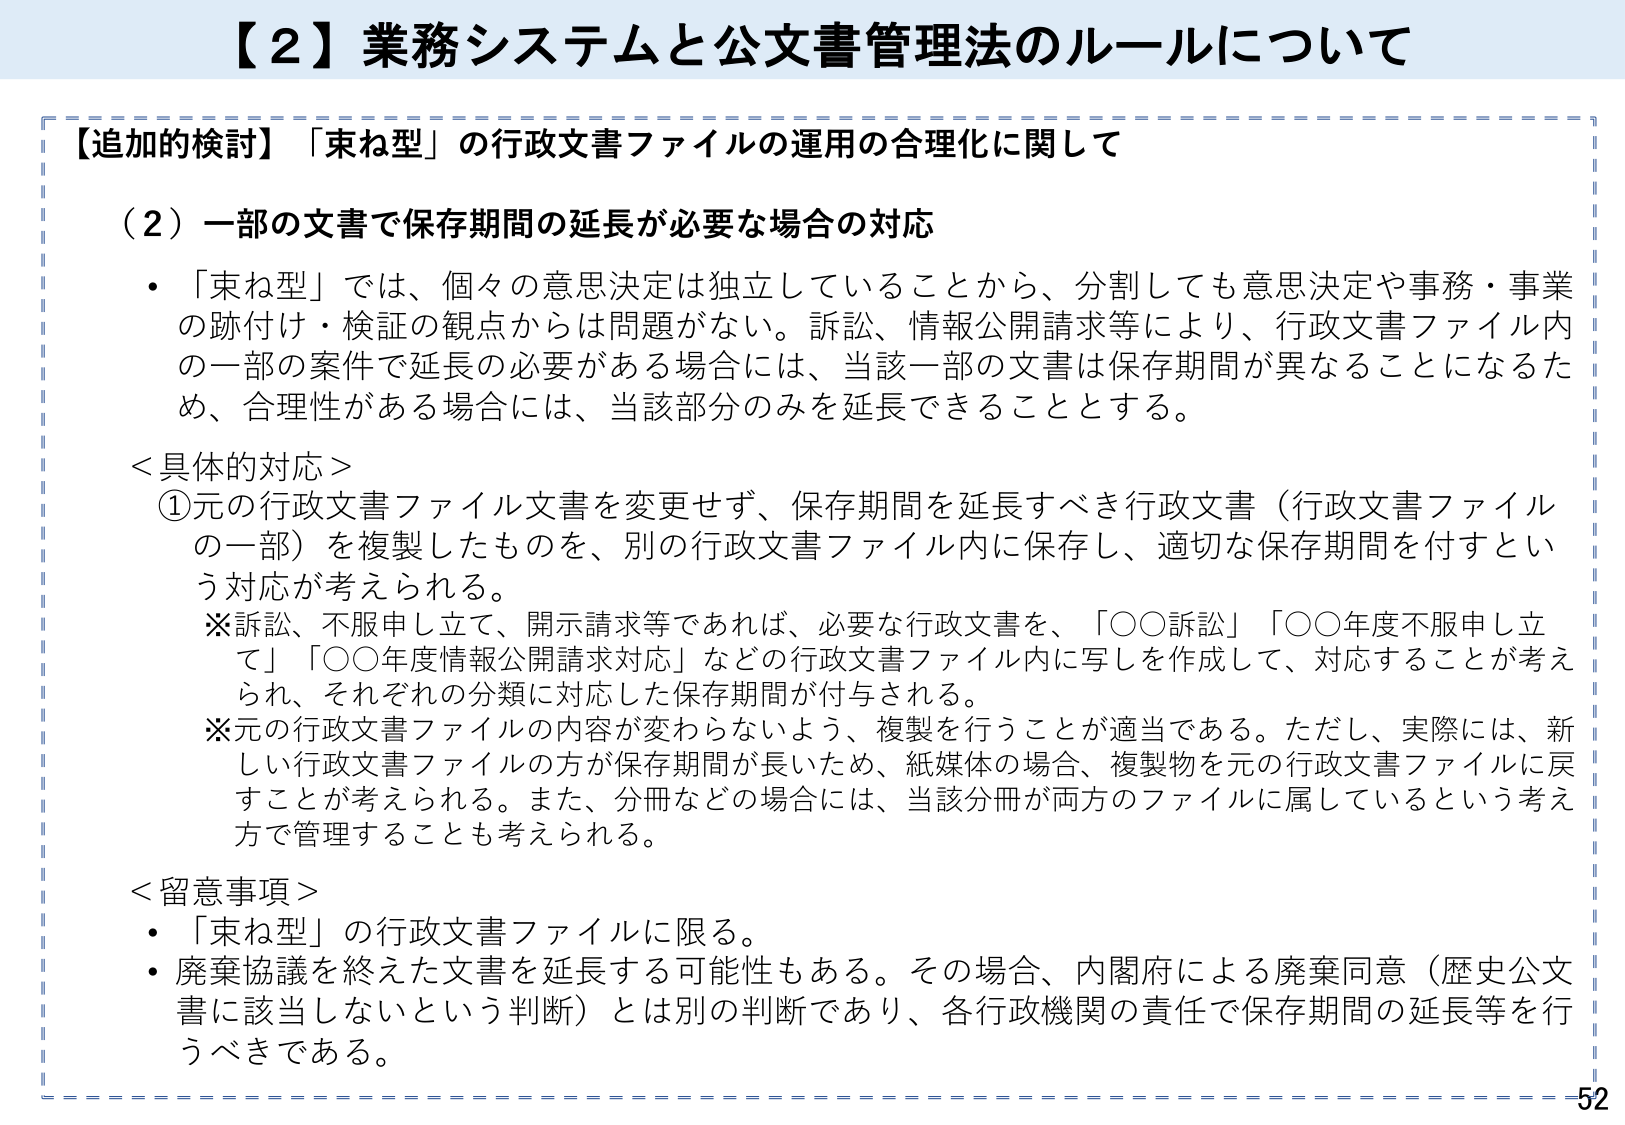
【２】業務システムと公文書管理法のルールについて

【追加的検討】「束ね型」の行政文書ファイルの運用の合理化に関して

（２）一部の文書で保存期間の延長が必要な場合の対応
・「束ね型」では、個々の意思決定は独立していることから、分割しても意思決定や事務・事業の跡付け・検証の観点からは問題がない。訴訟、情報公開請求等により、行政文書ファイル内の一部の案件で延長の必要がある場合には、当該一部の文書は保存期間が異なることになるため、合理性がある場合には、当該部分のみを延長できることとする。

＜具体的対応＞
①元の行政文書ファイル文書を変更せず、保存期間を延長すべき行政文書（行政文書ファイルの一部）を複製したものを、別の行政文書ファイル内に保存し、適切な保存期間を付すという対応が考えられる。
※訴訟、不服申し立て、開示請求等であれば、必要な行政文書を、「○○訴訟」「○○年度不服申し立て」「○○年度情報公開請求対応」などの行政文書ファイル内に写しを作成して、対応することが考えられ、それぞれの分類に対応した保存期間が付与される。
※元の行政文書ファイルの内容が変わらないよう、複製を行うことが適当である。ただし、実際には、新しい行政文書ファイルの方が保存期間が長いため、紙媒体の場合、複製物を元の行政文書ファイルに戻すことが考えられる。また、分冊などの場合には、当該分冊が両方のファイルに属しているという考え方で管理することも考えられる。

＜留意事項＞
・「束ね型」の行政文書ファイルに限る。
・廃棄協議を終えた文書を延長する可能性もある。その場合、内閣府による廃棄同意（歴史公文書に該当しないという判断）とは別の判断であり、各行政機関の責任で保存期間の延長等を行うべきである。

52